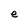
Character: e